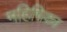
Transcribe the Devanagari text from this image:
महिषिका